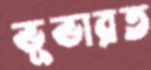
ভূভারত